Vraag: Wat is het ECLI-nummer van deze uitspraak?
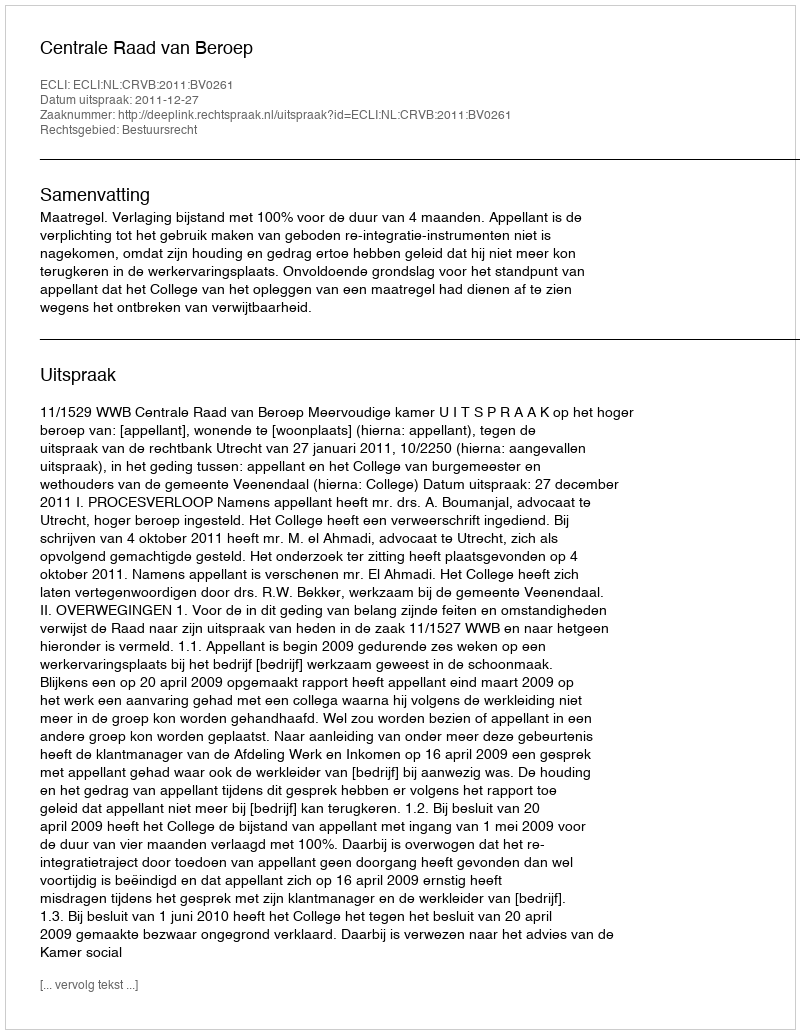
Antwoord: ECLI:NL:CRVB:2011:BV0261